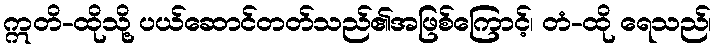
ဣတိ-ထိုသို့ ပယ်ဆောင်တတ်သည်၏အဖြစ်ကြောင့်၊ တံ-ထို ရေသည်၊